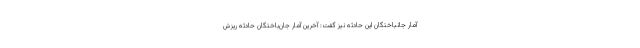
آمار جانباختگان این حادثه نیز گفت: آخرین آمار جان‌باختگان حادثه ریزش